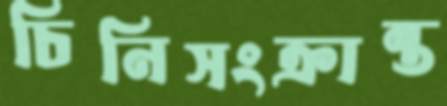
চিনিসংক্রান্ত